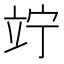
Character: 竚